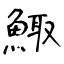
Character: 鯫